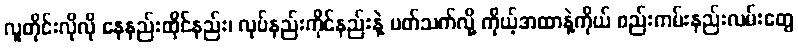
လူတိုင်းလိုလို နေနည်းထိုင်နည်း၊ လုပ်နည်းကိုင်နည်းနဲ့ ပတ်သက်လို့ ကိုယ့်အထာနဲ့ကိုယ် စည်းကမ်းနည်းလမ်းတွေ